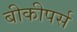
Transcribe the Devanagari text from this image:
बीकीपर्स